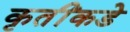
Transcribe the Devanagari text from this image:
कृतींकडे